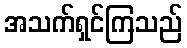
အသက်ရှင်ကြသည်